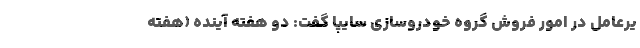
یرعامل در امور فروش گروه خودروسازی سایپا گفت: دو هفته آینده (هفته